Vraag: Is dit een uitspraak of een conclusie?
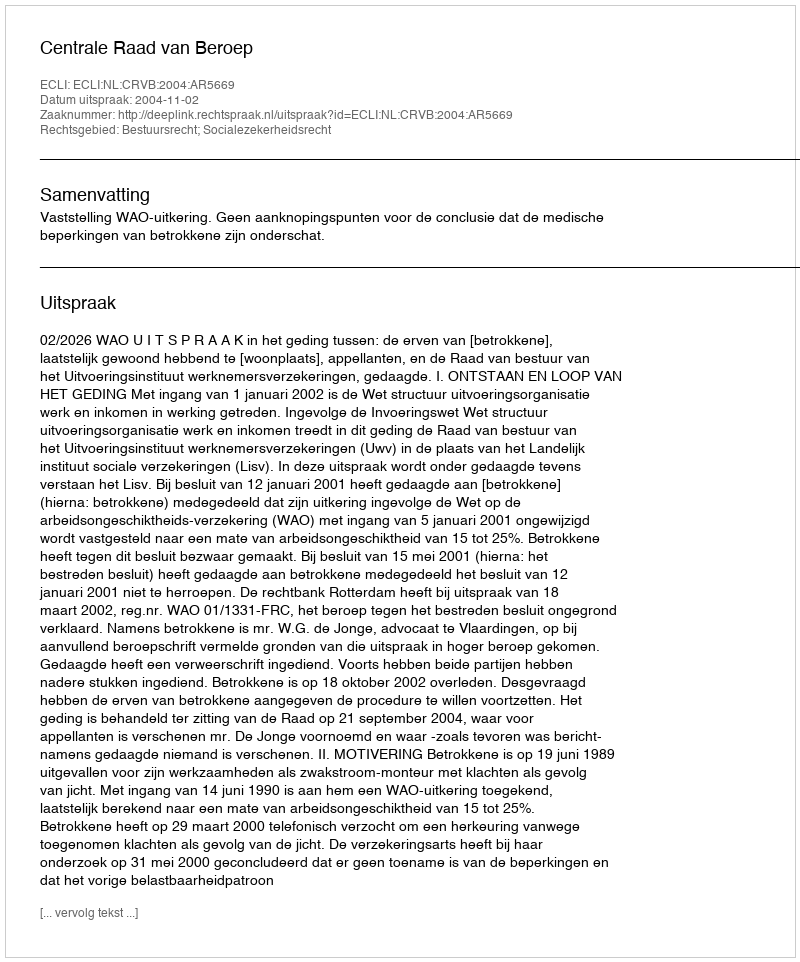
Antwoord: Uitspraak